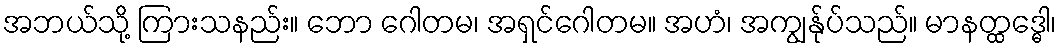
အဘယ်သို့ ကြားသနည်း။ ဘော ဂေါတမ၊ အရှင်ဂေါတမ။ အဟံ၊ အကျွန်ုပ်သည်။ မာနတ္ထဒ္ဓေါ၊